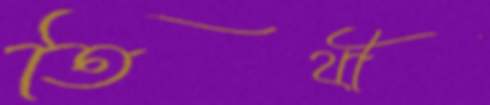
তিথী